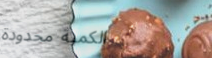
الكمية محدودة